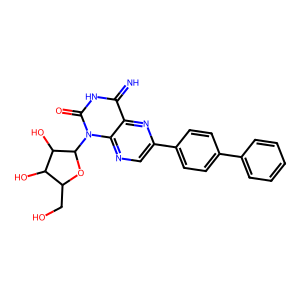
SMILES: N=c1[nH]c(=O)n(C2OC(CO)C(O)C2O)c2ncc(-c3ccc(-c4ccccc4)cc3)nc12
Inhibits HIV replication: No